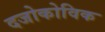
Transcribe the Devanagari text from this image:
दजोकोविक